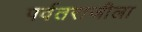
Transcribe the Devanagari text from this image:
पर्वतराजीला